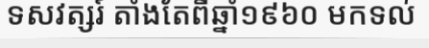
ទសវត្សរ៍ តាំងតែពីឆ្នាំ១៩៦០ មកទល់